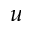
u